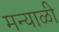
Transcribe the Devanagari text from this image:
मन्याळी